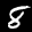
Label: 8